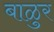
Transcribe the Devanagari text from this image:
बाळुर